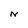
Character: N